Lunatic asylums Punjab 1881-1894 - 1881-1894
Year: 1881
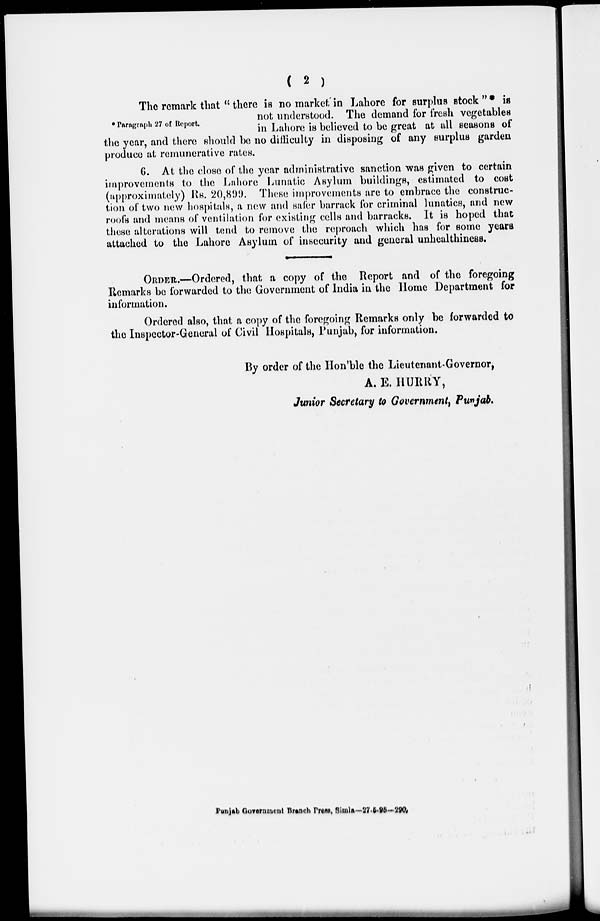
( 2 )
* Paragraph 27 of Report.
The remark that " there is no market in Lahore for surplus stock"* is
not understood. The demand for fresh vegetables
in Lahore is believed to be great at all seasons of
the year, and there should be no difficulty in disposing of any surplus garden
produce at remunerative rates.
6. At the close of the year administrative sanction was given to certain
improvements to the Lahore Lunatic Asylum buildings, estimated to cost
(approximately) Rs. 20,899. These improvements are to embrace the construc-
tion of two new hospitals, a new and safer barrack for criminal lunatics, and new
roofs and means of ventilation for existing cells and barracks. It is hoped that
these alterations will tend to remove the reproach which has for some years
attached to the Lahore Asylum of insecurity and general unhealthiness.
ORDER.—Ordered, that a copy of the Report and of the foregoing
Remarks be forwarded to the Government of India in the Home Department for
information.
Ordered also, that a copy of the foregoing Remarks only be forwarded to
the Inspector-General of Civil Hospitals, Punjab, for information.
By order of the Hon'ble the Lieutenant-Governor,
A. E. HURRY,
Junior Secretary to Government, Punjab.
Punjab Government Branch Press, Simla-27-5-95—290.